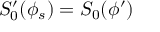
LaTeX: S _ { 0 } ^ { \prime } ( \phi _ { s } ) = S _ { 0 } ( \phi ^ { \prime } )